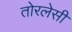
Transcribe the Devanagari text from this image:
तोरलेसी